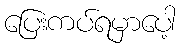
ပြေးကပ်ရမှာပေါ့